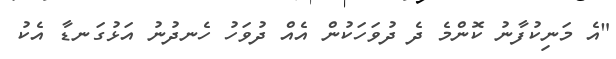
"އެ މަނިކުފާނު ކޮންމެ ދެ ދުވަހަކުން އެއް ދުވަހު ހެނދުނު އަޅުގަނޑާ އެކު